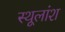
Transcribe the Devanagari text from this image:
स्थूलांश